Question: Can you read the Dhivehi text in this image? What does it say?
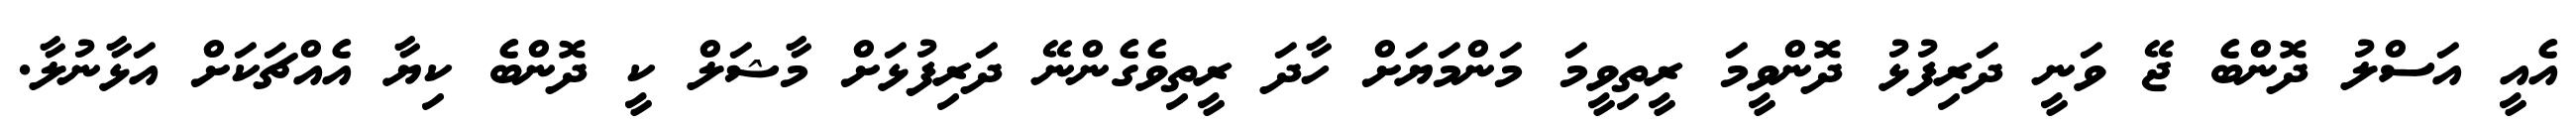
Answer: އެއީ އަސްލު ދޮންބެ ޖޭ ވަނީ ދަރިފުޅު ދޮންވީމަ ރީތިވީމަ މަންމަޔަށް ހާދަ ރީތިވެގެންނޭ ދަރިފުޅަށް މާޝަލް ކީ ދޮންބެ ކިޔާ އެއްޗަކަށް އަޅާނުލާ.